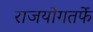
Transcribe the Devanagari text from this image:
राजयोगतर्फे